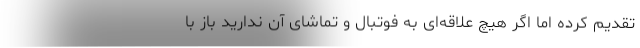
تقدیم کرده اما اگر هیچ علاقه‌ای به فوتبال و تماشای آن ندارید باز با